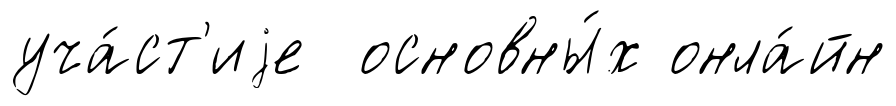
уча́ст'иjе основны́х онла́йн